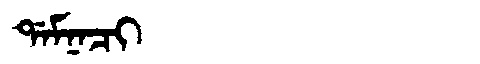
Manchu: ᡩᠠᠮᠨᠠᠴᡳ
Romanization: DAMNACI